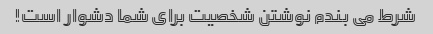
شرط می بندم نوشتن شخصیت برای شما دشوار است!